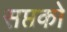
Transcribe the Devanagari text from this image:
सप्तको